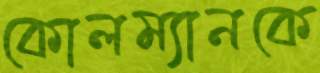
কোলম্যানকে